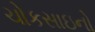
ચોકસાઇનો